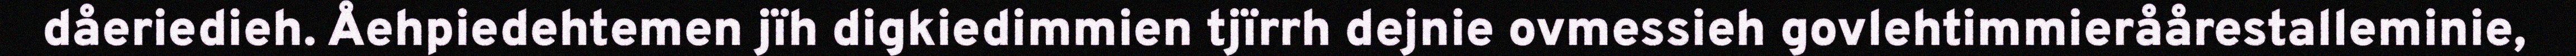
dåeriedieh. Åehpiedehtemen jïh digkiedimmien tjïrrh dejnie ovmessieh govlehtimmieråårestalleminie,